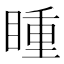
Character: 𭿍